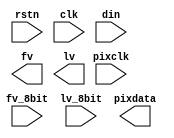
module raw10_lane4 #(
		parameter bus_width = 10,
		parameter lane_width = 4
)
(
        input                    rstn,
        input                    clk,
        input                    pixclk, 
		input [8*lane_width-1:0] din, 
		input                    fv_8bit, 
		input                    lv_8bit, 
		output [bus_width-1:0]   pixdata, 
		output                   fv, 
		output reg               lv
);

endmodule